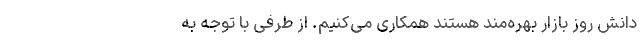
دانش روز بازار بهره‌‌مند هستند همکاری می‌کنیم. از طرفی با توجه به